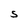
Character: S